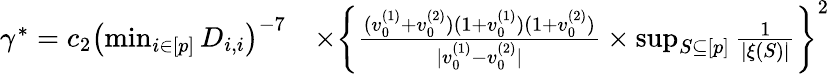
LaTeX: \begin{array}{rl}{\gamma^{*}=c_{2}\left(\operatorname*{min}_{i\in[p]}D_{i,i}\right)^{-7}}&{\times\left\{ \frac{(v_{0}^{(1)}+v_{0}^{(2)})(1+v_{0}^{(1)})(1+v_{0}^{(2)})}{|v_{0}^{(1)}-v_{0}^{(2)}|}\times\operatorname*{sup}_{S\subseteq[p]}\frac{1}{\left|\xi(S)\right|}\right\} ^{2}}\end{array}